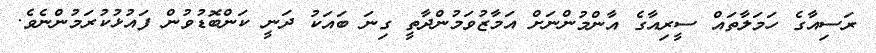
ރަސިއާގެ ހަމަލާތައް ސީރިއާގެ އާންމުންނަށް އަަމާޒުވަމުންދާތީ ގިނަ ބައަކު ދަނީ ކަންބޮޑުވުން ފައުޅުކުރަމުންނެވެ.